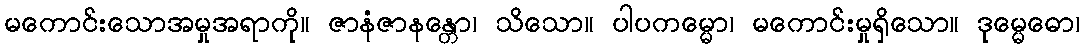
မကောင်းသောအမှုအရာကို။ ဇာနံဇာနန္တော၊ သိသော။ ပါပကမ္မော၊ မကောင်းမှုရှိသော။ ဒုမ္မေဓော၊